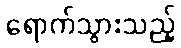
ရောက်သွားသည့်